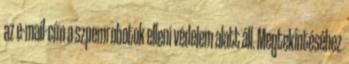
az e-mail-cím a szpemrobotok elleni védelem alatt áll. Megtekintéséhez